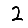
Digit: 2